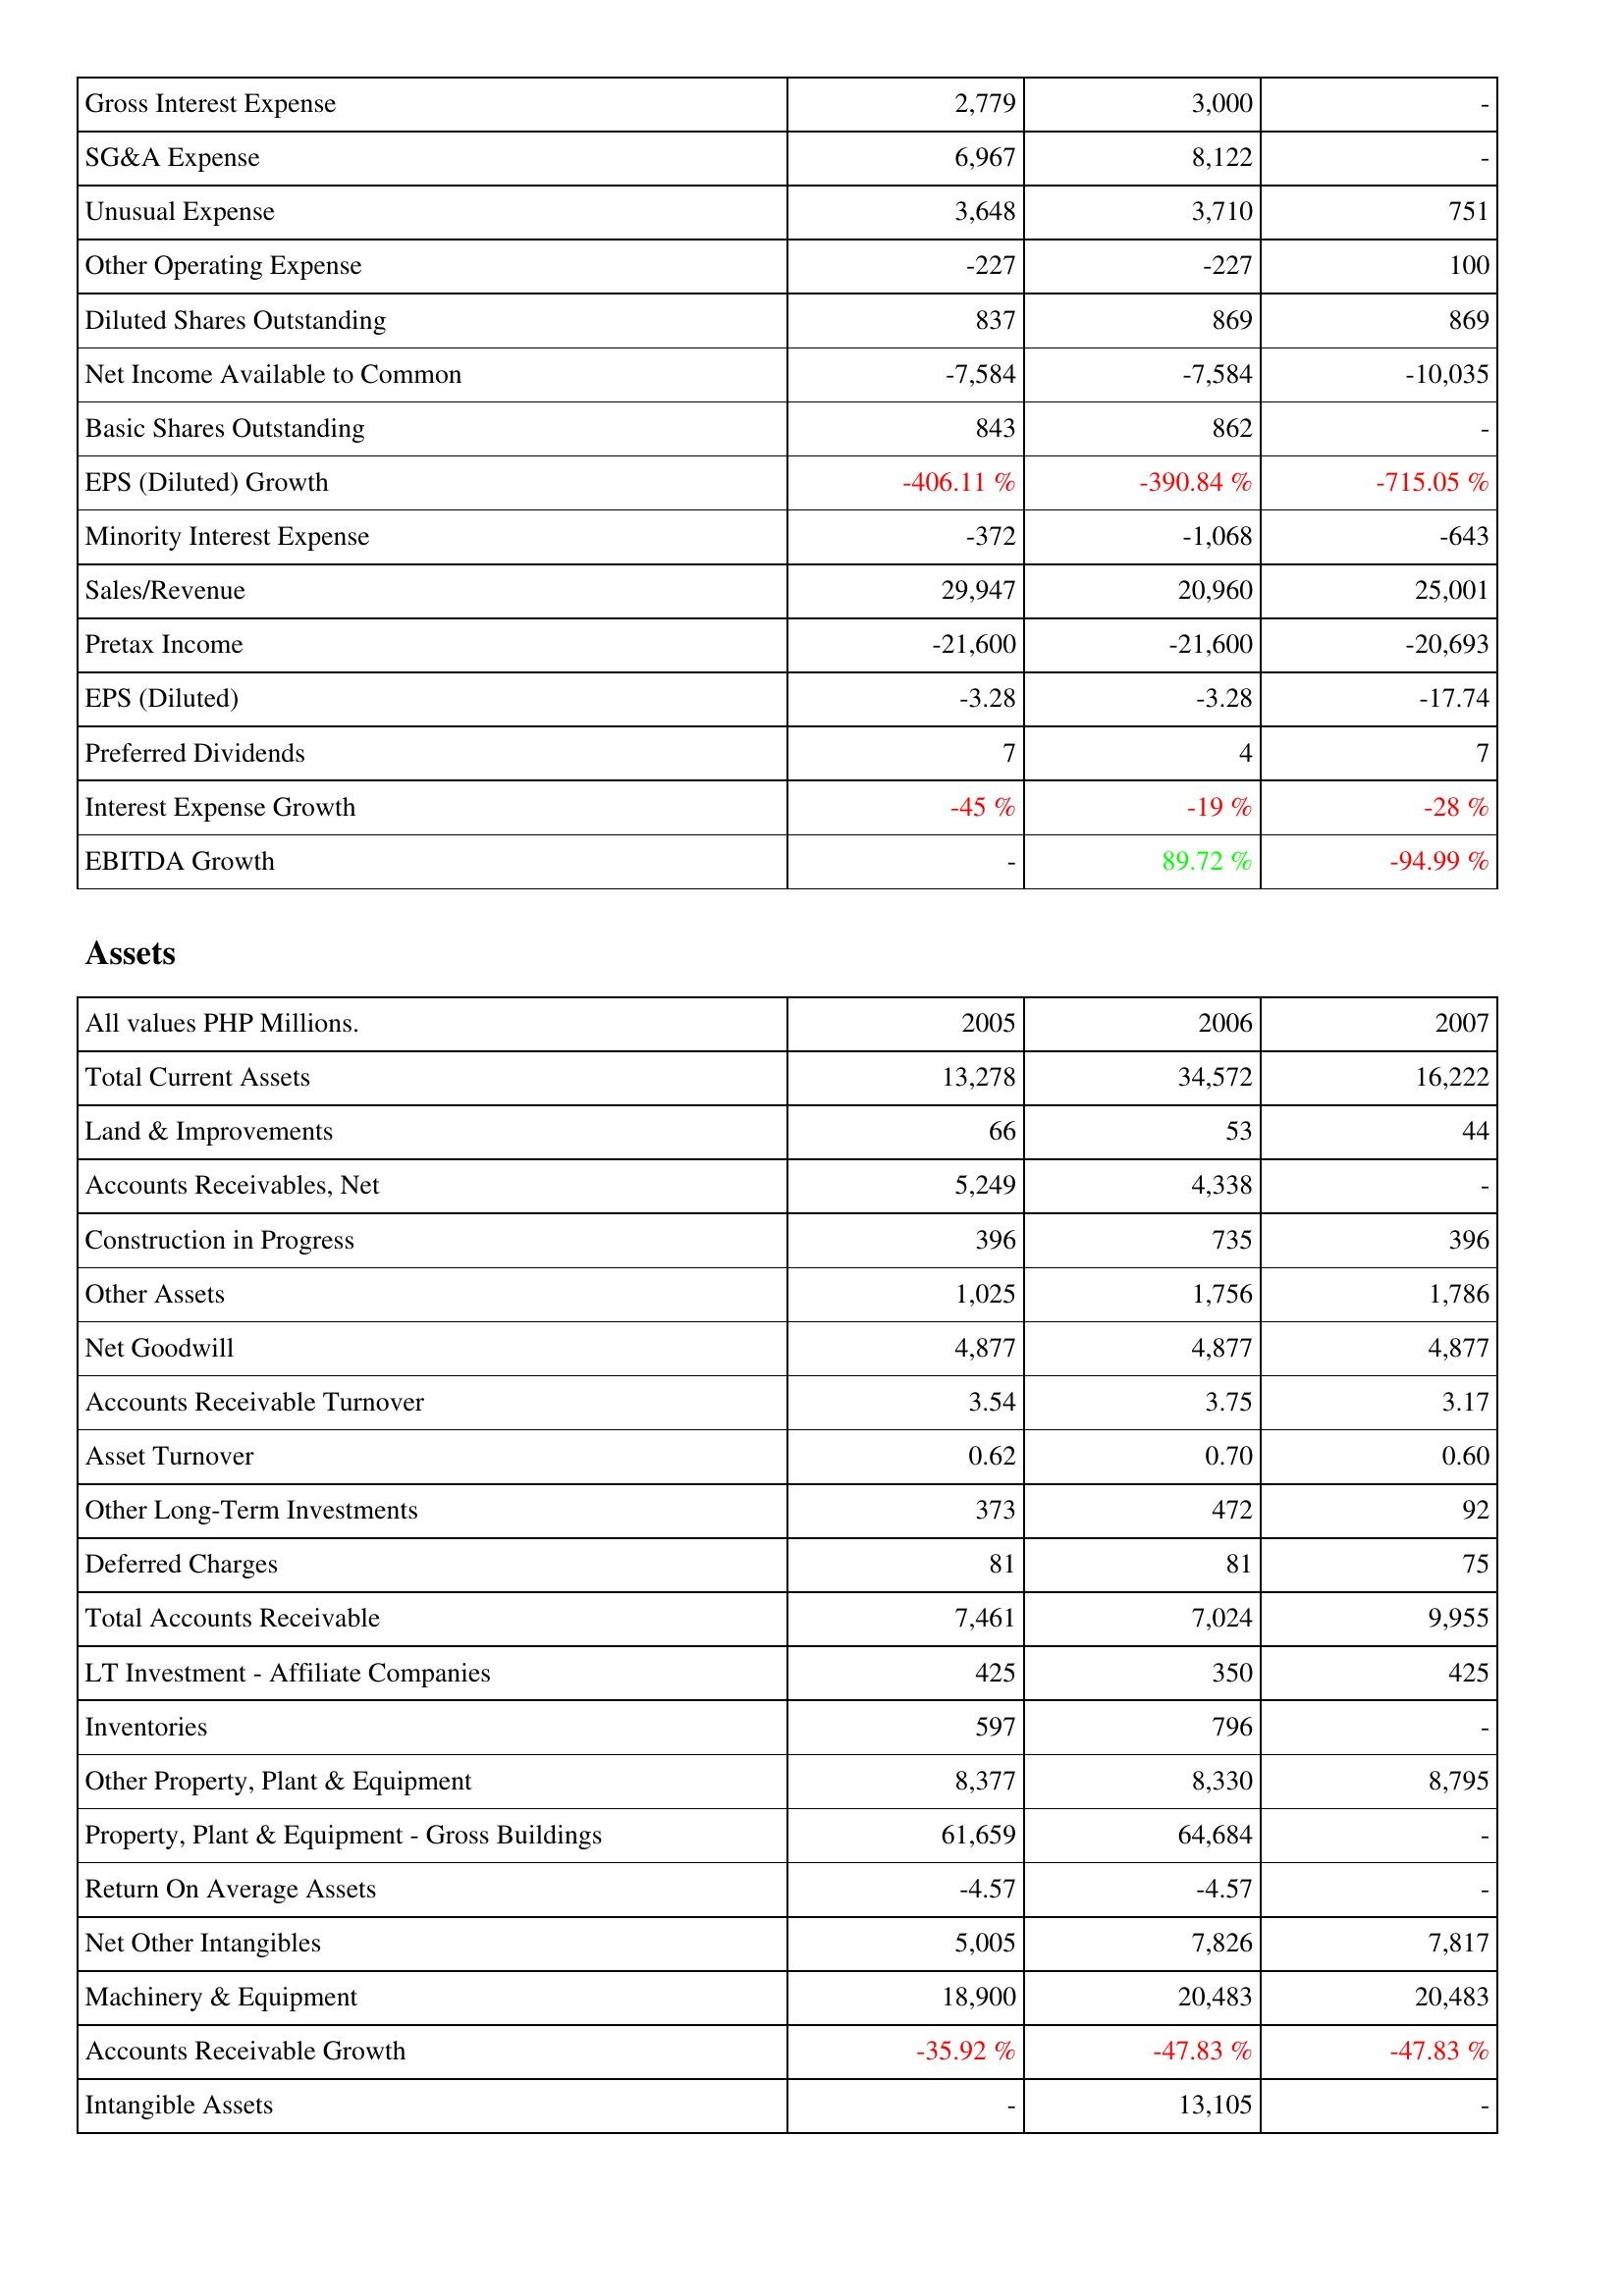
2005: Income Statement: Gross Interest Expense: 2,779
SG&A Expense: 6,967
Unusual Expense: 3,648
Other Operating Expense: -227
Diluted Shares Outstanding: 837
Net Income Available to Common: -7,584
Basic Shares Outstanding: 843
EPS (Diluted) Growth: -406.11 %
Minority Interest Expense: -372
Sales/Revenue: 29,947
Pretax Income: -21,600
EPS (Diluted): -3.28
Preferred Dividends: 7
Interest Expense Growth: -45 %
EBITDA Growth: -
Assets: Total Current Assets: 13,278
Land & Improvements: 66
Accounts Receivables, Net: 5,249
Construction in Progress: 396
Other Assets: 1,025
Net Goodwill: 4,877
Accounts Receivable Turnover: 3.54
Asset Turnover: 0.62
Other Long-Term Investments: 373
Deferred Charges: 81
Total Accounts Receivable: 7,461
LT Investment - Affiliate Companies: 425
Inventories: 597
Other Property, Plant & Equipment: 8,377
Property, Plant & Equipment - Gross Buildings: 61,659
Return On Average Assets: -4.57
Net Other Intangibles: 5,005
Machinery & Equipment: 18,900
Accounts Receivable Growth: -35.92 %
Intangible Assets: -
2006: Income Statement: Gross Interest Expense: 3,000
SG&A Expense: 8,122
Unusual Expense: 3,710
Other Operating Expense: -227
Diluted Shares Outstanding: 869
Net Income Available to Common: -7,584
Basic Shares Outstanding: 862
EPS (Diluted) Growth: -390.84 %
Minority Interest Expense: -1,068
Sales/Revenue: 20,960
Pretax Income: -21,600
EPS (Diluted): -3.28
Preferred Dividends: 4
Interest Expense Growth: -19 %
EBITDA Growth: 89.72 %
Assets: Total Current Assets: 34,572
Land & Improvements: 53
Accounts Receivables, Net: 4,338
Construction in Progress: 735
Other Assets: 1,756
Net Goodwill: 4,877
Accounts Receivable Turnover: 3.75
Asset Turnover: 0.70
Other Long-Term Investments: 472
Deferred Charges: 81
Total Accounts Receivable: 7,024
LT Investment - Affiliate Companies: 350
Inventories: 796
Other Property, Plant & Equipment: 8,330
Property, Plant & Equipment - Gross Buildings: 64,684
Return On Average Assets: -4.57
Net Other Intangibles: 7,826
Machinery & Equipment: 20,483
Accounts Receivable Growth: -47.83 %
Intangible Assets: 13,105
2007: Income Statement: Gross Interest Expense: -
SG&A Expense: -
Unusual Expense: 751
Other Operating Expense: 100
Diluted Shares Outstanding: 869
Net Income Available to Common: -10,035
Basic Shares Outstanding: -
EPS (Diluted) Growth: -715.05 %
Minority Interest Expense: -643
Sales/Revenue: 25,001
Pretax Income: -20,693
EPS (Diluted): -17.74
Preferred Dividends: 7
Interest Expense Growth: -28 %
EBITDA Growth: -94.99 %
Assets: Total Current Assets: 16,222
Land & Improvements: 44
Accounts Receivables, Net: -
Construction in Progress: 396
Other Assets: 1,786
Net Goodwill: 4,877
Accounts Receivable Turnover: 3.17
Asset Turnover: 0.60
Other Long-Term Investments: 92
Deferred Charges: 75
Total Accounts Receivable: 9,955
LT Investment - Affiliate Companies: 425
Inventories: -
Other Property, Plant & Equipment: 8,795
Property, Plant & Equipment - Gross Buildings: -
Return On Average Assets: -
Net Other Intangibles: 7,817
Machinery & Equipment: 20,483
Accounts Receivable Growth: -47.83 %
Intangible Assets: -